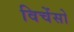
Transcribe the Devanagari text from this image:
विचेंसो